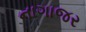
નાગાજર